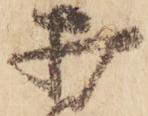
打